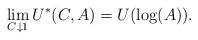
LaTeX: \begin{align*}\lim_{C \downarrow 1} U^*(C,A) = U(\log(A)).\end{align*}